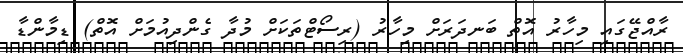
ރާއްޖޭގައި މިހާރު އޮތް ބަނދަރަށް މިހާރު (ރިސޯޓްތަކަށް މުދާ ގެންދިއުމަށް އޮތް) ޑިމާންޑާ